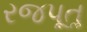
રજપૂતૢ